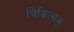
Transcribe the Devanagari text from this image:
चिकित्सक्